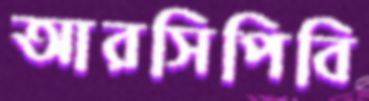
আরসিপিবি